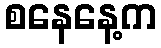
စနေနေ့က